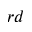
^ { r d }